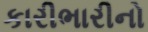
કારીભારીનો